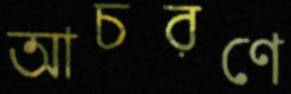
আচরণে